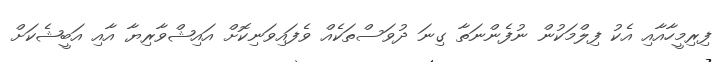
ފިރިމީހާއާއި އެކު ފިލްމަކުން ނުފެންނަތާ ގިނަ ދުވަސްތަކެއް ވެފައިވަނިކޮށް އައިޝްވާރިޔާ އާއި އަބީޝެކަށް